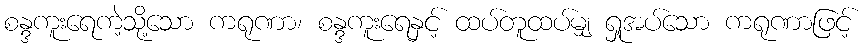
စန္ဒကူးရေကဲ့သို့သော ကရုဏာ၊ စန္ဒကူးရေနှင့် ထပ်တူထပ်မျှ ရှုအပ်သော ကရုဏာဖြင့်